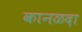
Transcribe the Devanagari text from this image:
कानळदा